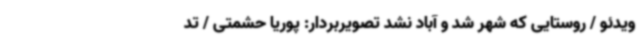
ویدئو / روستایی که شهر شد و آباد نشد تصویربردار: پوریا حشمتی / تد